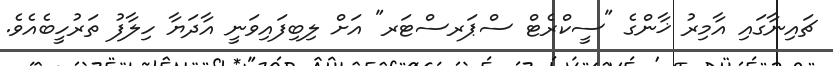
ޗައިނާގައި އާމިރު ޚާންގެ "ސީކްރެޓް ސްޕަރސްޓަރ" އަށް ލިބިފައިވަނީ އާދަޔާ ހިލާފު ތަރުހީބެއެވެ.